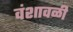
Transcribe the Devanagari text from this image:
वंशावळी